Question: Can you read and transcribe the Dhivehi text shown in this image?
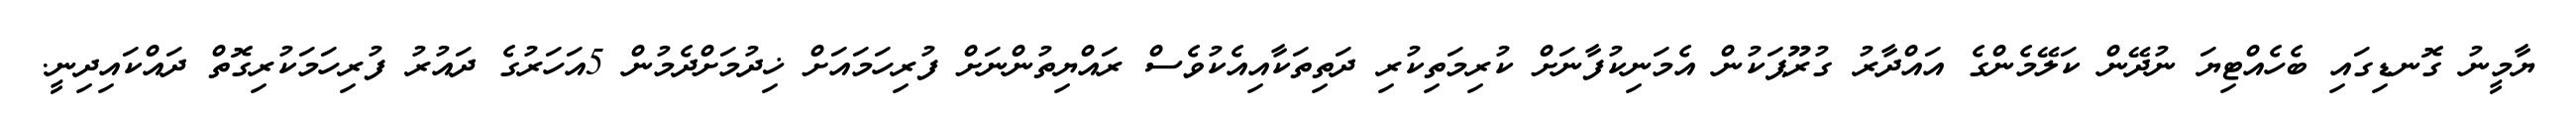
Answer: ޔާމީނު ގޮނޑިގައި ބެހެއްޓިޔަ ނުދޭން ކަލޭމެންގެ އައްދާރު ގުރޫޕަކުން އެމަނިކުފާނަށް ކުރިމަތިކުރި ދަތިތަކާއިއެކުވެސް ރައްޔިތުންނަށް ފުރިހަމައަށް ޚިދުމަށްދެމުން 5އަހަރުގެ ދައުރު ފުރިހަމަކުރިގޮތް ދައްކައިދިނީ.